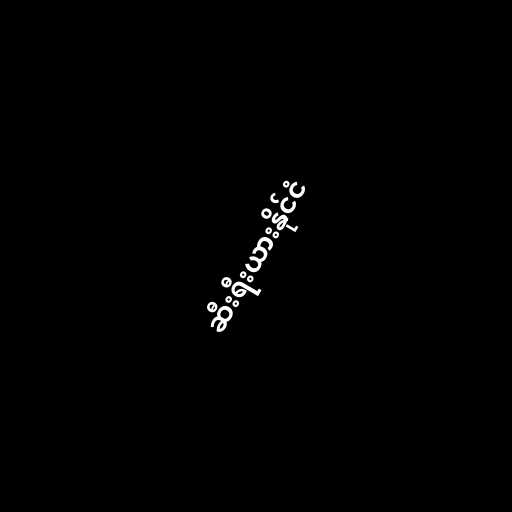
ဆီးရီးယားနိုင်ငံ